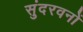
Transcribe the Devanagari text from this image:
सुंदरवनों